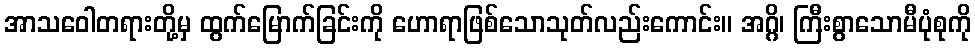
အာသဝေါတရားတို့မှ ထွက်မြောက်ခြင်းကို ဟောရာဖြစ်သောသုတ်လည်းကောင်း။ အဂ္ဂိ၊ ကြီးစွာသောမီပုံစုကို